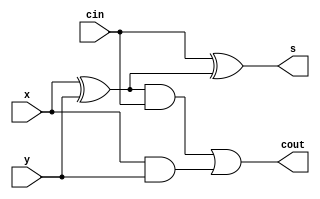
// -------------------------
// Exemplo0045
// Nome: Wender Zacarias Xavier 
// ------------------------- 

//----------------------
//--nand gate
//----------------------

module fulladd (output cout,
					 output s,
					 input cin,
					 input x,
					 input y);
	wire sxor1;
	wire sand1;
	wire sand2;
	
  xor XOR1 (sxor1,x,y);
  and AND1 (sand1,x,y);
  and AND2 (sand2,sxor1,cin);
  xor XOR2 (s,cin,sxor1);
  or OR1 (cout,sand2,sand1);

endmodule // fulladd

//----------------------
//--Circuito
//----------------------
module circ;
//----------------------dados locais
  reg [5:0]a;
  reg c1;
  reg c2;   //definir registrador

  wire s0,s1,s2,s3,s4,s5,sout;    // definir conexao(fio)
  wire out1;
  wire out2;
  wire out3;
  wire out4;
  wire out5;
  wire [5:0]na;

//---------------------- instancia
  not NOT1[5:0] (na,a);
  fulladd F1(out1,s0,c2,na[0],c1);
  fulladd F2(out2,s1,out1,na[1],c1);
  fulladd F3(out3,s2,out2,na[2],c1);
  fulladd F4(out4,s3,out3,na[3],c1);
  fulladd F5(out5,s4,out4,na[4],c1);
  fulladd F6(sout,s5,out5,na[5],c1);

//---------------------- preparacao
 initial begin:start
 
 c1 = 0; 			c2 = 1; 			a =6'b100111;
  
   end
//---------------------- parte principal
 initial begin
   $display("Exemplo0045 - Wender Zacarias Xavier - 427472");
	$display("Test Circuito");
	$display("\n *** Resultado ***  ");
	$monitor(" X=%b	\n	 C2=%b%b%b%b%b%b%b",a,sout,s5,s4,s3,s2,s1,s0);
#1 a=6'b100100;
#1 a=6'b101010;
#1 a=6'b000000;
	
		
		end

endmodule //circ